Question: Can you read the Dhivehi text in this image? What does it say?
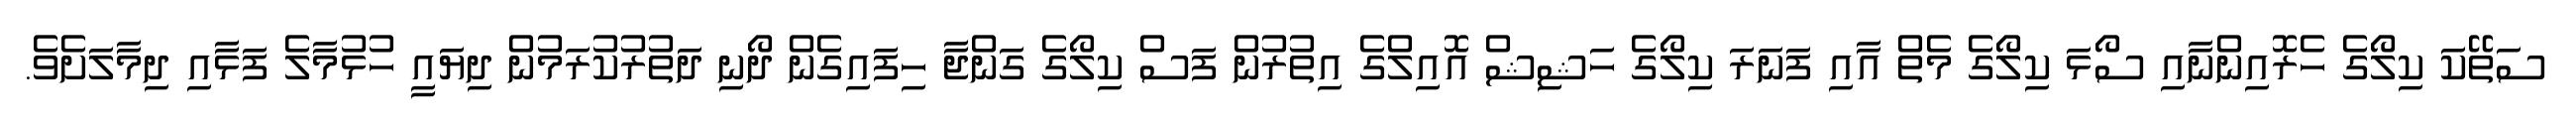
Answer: ސަތޭކަ ކިލޯގެ ހެރޮއިންނާއި ސޯޅަ ކިލޯގެ މެތް އާއި ފަނަރަ ކިލޯގެ ހަޝިޝް އޮއިލްގެ އިތުރުން ފަސް ކިލޯގެ ގަންޖާ ހިފައިގެން ދޯނި ދަތުރުކުރަމުން ދިޔައީ ހުޅުމާލެ ފަޅާއި ދިމާލަށެވެ.